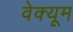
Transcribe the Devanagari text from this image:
वेक्यूम